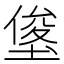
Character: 𭏓